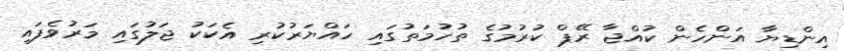
އިންޑިޔާ އަންހެން ކުއްޖާ ރޭޕް ކުރުމުގެ ތުހުމަތުގައި ހައްޔަރުކުރި އެކަކު ޖަލުގައި މަރުވެފައި